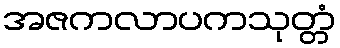
အဇကလာပကသုတ္တံ